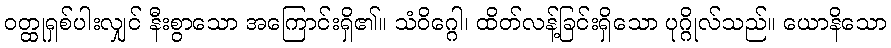
ဝတ္ထုရှစ်ပါးလျှင် နီးစွာသော အကြောင်းရှိ၏။ သံဝိဂ္ဂေါ၊ ထိတ်လန့်ခြင်းရှိသော ပုဂ္ဂိုလ်သည်။ ယောနိသော